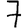
Digit: 7